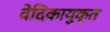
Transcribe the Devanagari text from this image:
वेदिकायुक्त